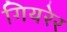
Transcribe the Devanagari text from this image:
गियरेर